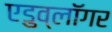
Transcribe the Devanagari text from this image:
एडुव्लॉगर